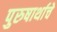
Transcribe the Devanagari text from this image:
पुरुषार्थाचे